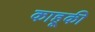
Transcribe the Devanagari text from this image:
काहूकी